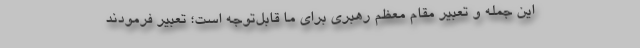
این جمله و تعبیر مقام معظم رهبری برای ما قابل‌توجه است؛ تعبیر فرمودند